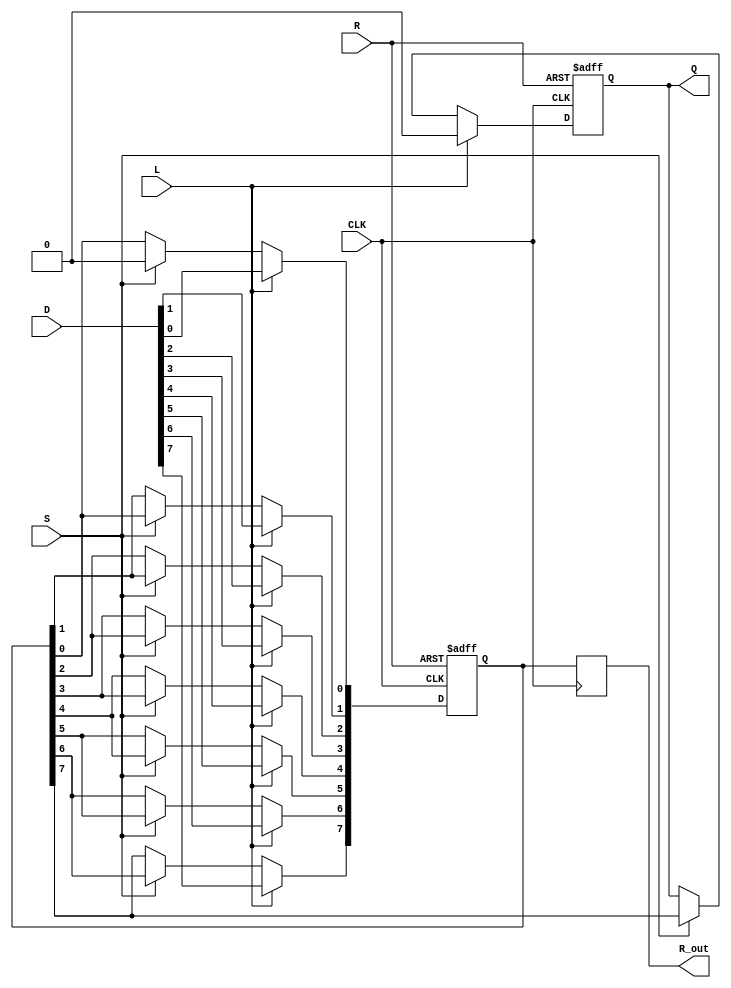
module PISO_Register #(
    parameter WIDTH = 8  // Define the width of the register
)(
    input  wire [WIDTH-1:0] D,   // Data inputs
    input  wire L,                // Load control signal
    input  wire S,                // Shift control signal
    input  wire CLK,              // Clock signal
    input  wire R,                // Asynchronous Reset
    output reg  Q,                // Serial output
    output reg  [WIDTH-1:0] R_out // Optionally output the current state of the register
);

    // Internal register to hold the loaded data
    reg [WIDTH-1:0] R_reg; 
    integer i;

    // Sequential logic block for loading, shifting, and resetting
    always @(posedge CLK or posedge R) begin
        if (R) begin
            // Asynchronous reset: clear the register
            R_reg <= {WIDTH{1'b0}};
            Q <= 1'b0; // Clear serial output
        end else begin            
            // Load data into the register
            if (L) begin
                R_reg <= D;
                Q <= 1'b0; // Clear serial output when loading
            end else if (S) begin
                // Shift the data
                Q <= R_reg[WIDTH-1]; // Output MSB
                for (i = WIDTH-1; i > 0; i = i - 1) begin
                    R_reg[i] <= R_reg[i-1];  // Shift left
                end
                R_reg[0] <= 1'b0; // Fill the least significant bit with 0
            end
        end
    end

    // Assign the register state to output (optional)
    always @(posedge CLK) begin
        R_out <= R_reg; // Output the current state of the register
    end

endmodule